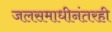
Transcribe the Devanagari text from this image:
जलसमाधीनंतरही